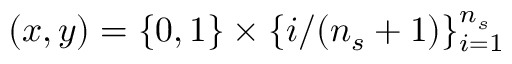
( x , y ) = \{ 0 , 1 \} \times \{ i / ( n _ { s } + 1 ) \} _ { i = 1 } ^ { n _ { s } }